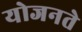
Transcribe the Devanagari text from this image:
योजनते